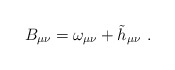
\begin{align*}B_{\mu \nu }=\omega _{\mu \nu }+\tilde{h}_{\mu \nu }\ .\end{align*}